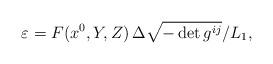
LaTeX: \begin{align*} {\varepsilon}=F(x^0,Y,Z)\,{\Delta\sqrt{-\det g^{ij}}}/{{L}_1},\end{align*}